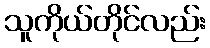
သူကိုယ်တိုင်လည်း